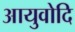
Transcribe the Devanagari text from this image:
आयुवोदि